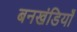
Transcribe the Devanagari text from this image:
बनखंडियाँ